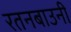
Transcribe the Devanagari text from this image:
रतनबाउनी